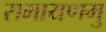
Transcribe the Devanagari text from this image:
रामायणमु